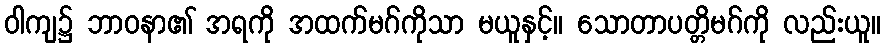
ဝါကျ၌ ဘာဝနာ၏ အရကို အထက်မဂ်ကိုသာ မယူနှင့်။ သောတာပတ္တိမဂ်ကို လည်းယူ။